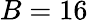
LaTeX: B=16